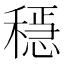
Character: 𥡷